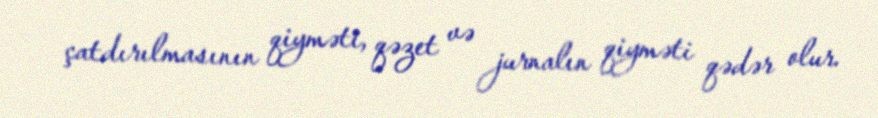
çatdırılmasının qiyməti, qəzet və jurnalın qiyməti qədər olur.